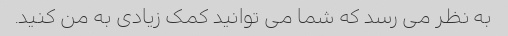
به نظر می رسد که شما می توانید کمک زیادی به من کنید.